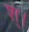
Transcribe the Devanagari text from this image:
श्।